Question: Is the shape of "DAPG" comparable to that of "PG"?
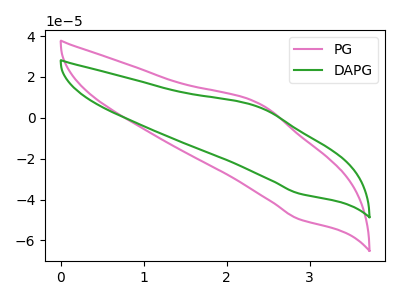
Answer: <think>The pink curve "PG" has an anodic peak at (2.40V, 7.05uA) and a cathodic peak at (2.85V, -49.50uA). The green curve "DAPG" has an anodic peak at (2.40V, 5.25uA) and a cathodic peak at (2.85V, -36.95uA).
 All the peaks in "DAPG" have a peak in "PG" at the same potential. Every peak in "DAPG" is lower than every peak in "PG".</think>
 <answer>"DAPG" and "PG" are similar in shape.</answer>
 <eval>same_shape</eval>